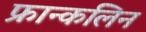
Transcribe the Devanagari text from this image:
फ्रान्कलिन